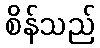
စိန်သည်